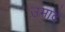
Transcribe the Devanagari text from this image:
उमादे